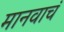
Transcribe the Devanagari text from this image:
मानवाचं